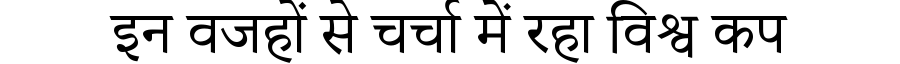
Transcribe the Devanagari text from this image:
इन वजहों से चर्चा में रहा विश्व कप